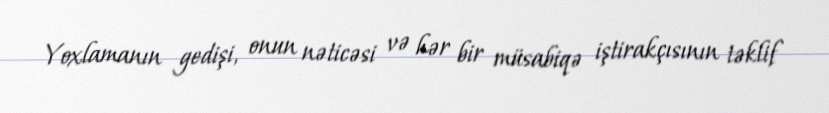
Yoxlamanın gedişi, onun nəticəsi və hər bir müsabiqə iştirakçısının təklif